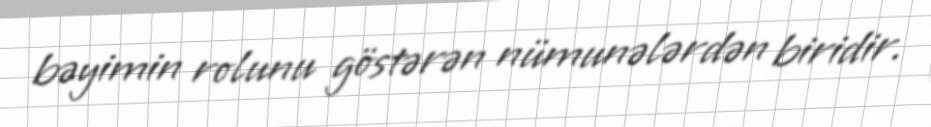
bəyimin rolunu göstərən nümunələrdən biridir.